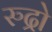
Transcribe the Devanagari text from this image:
रुद्रो